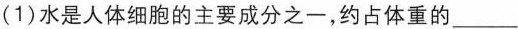
(1)水是人体细胞的主要成分之一，约占体重的___